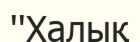
''Халық